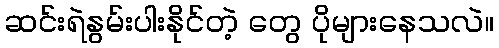
ဆင်းရဲနွမ်းပါးနိုင်တဲ့ တွေ ပိုများနေသလဲ။